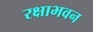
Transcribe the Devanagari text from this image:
रक्षाभवन